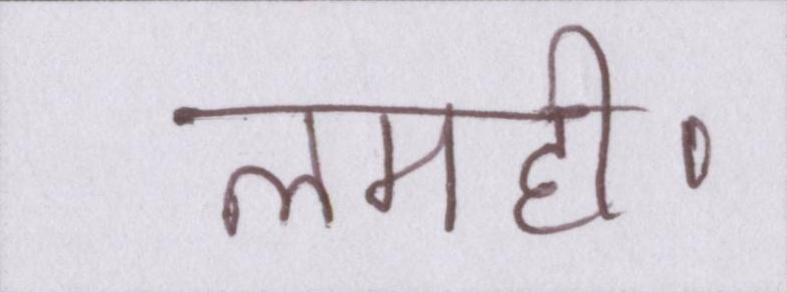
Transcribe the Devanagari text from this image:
लमही।